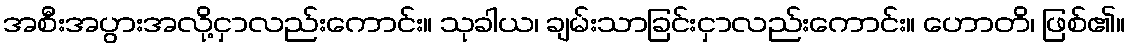
အစီးအပွားအလို့ငှာလည်းကောင်း။ သုခါယ၊ ချမ်းသာခြင်းငှာလည်းကောင်း။ ဟောတိ၊ ဖြစ်၏။